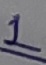
Text: 1